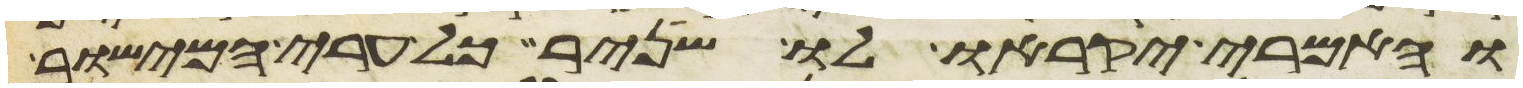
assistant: והאמרי יקראו לו שניר כל ערי המישור